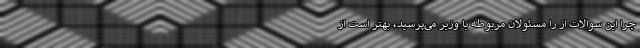
چرا این سوالات از را مسئولان مربوطه یا وزیر می‌پرسید، بهتر است از